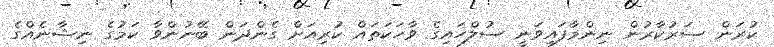
ކުރަން ސަރުކާރުން ނިންމާފައިވަނީ ސުލްހައިގެ ވާހަކަތައް ކުރިއަށް ގެންދަން ބޭނުންވާ ކަމުގެ ނިޝާނެއްގެ